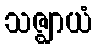
သဇ္ဈာယံ